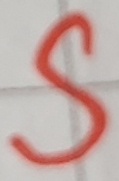
Text: S